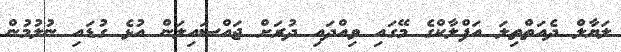
ލަޔާލް ދެއަތްތިލަ އަފްލާކްގެ މޭގައި ވިއްދައި ދުރަށް ޖައްސައިލަން އުޅެ ގުޑައި ނުލުމުން